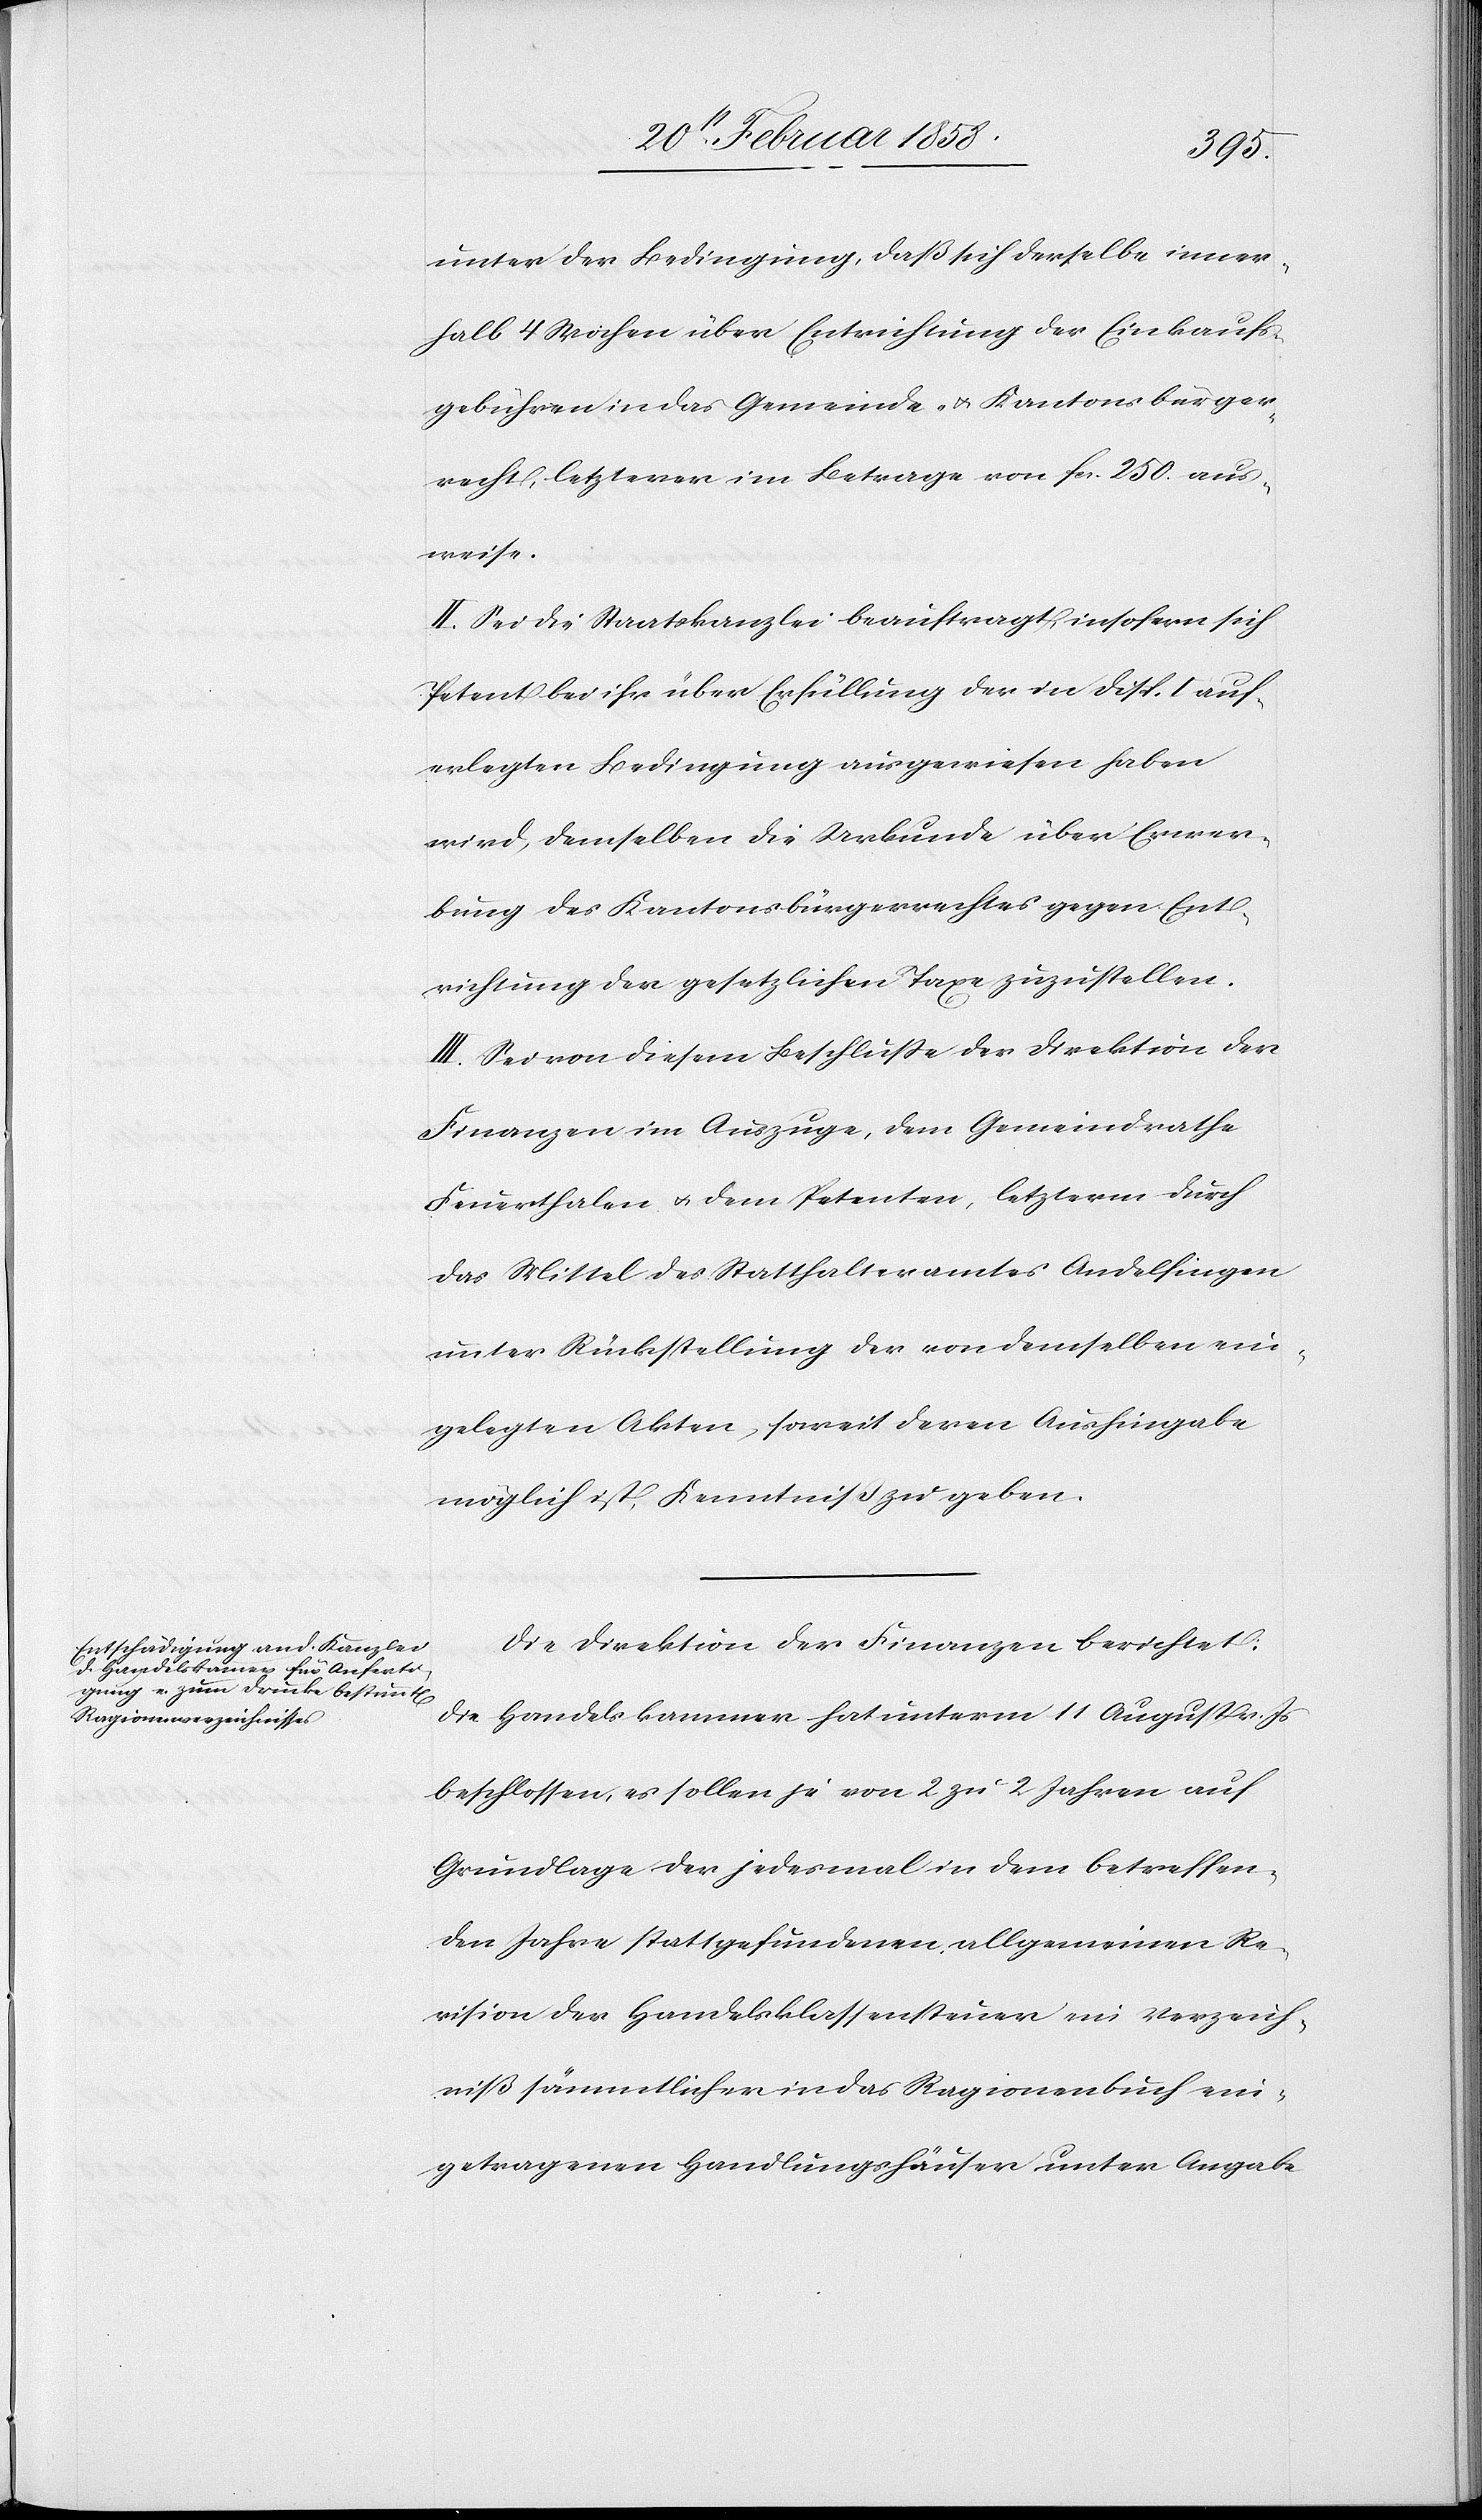
unter der Bedingung, daß sich derselbe inner¬
halb 4 Wochen über Entrichtung der Einkaufs¬
gebühren in das Gemeinde- u. Kantonsbürger¬
recht, letzterer im Betrage von fcs. 250. aus¬
weise.
II. Sei die Staatskanzlei beauftragt, insofern sich
Petent bei ihr über Erfüllung der in Disp. I auf¬
erlegten Bedingung ausgewiesen haben
wird, demselben die Urkunde über Erwer¬
bung des Kantonsbürgerrechtes gegen Ent¬
richtung der gesetzlichen Taxe zuzustellen.
III. Sei von diesem Beschluße der Direktion der
Finanzen im Auszuge, dem Gemeindrathe
Feuerthalen u. dem Petenten, letzterm durch
das Mittel des Statthalteramtes Andelfingen
unter Rückstellung der von demselben ein¬
gelegten Akten, soweit deren Aushingabe
möglich ist, Kenntniß zu geben.
Die Direktion der Finanzen berichtet:
Die Handelskammer hat unterm 11 August v. Js.
beschlossen, es sollen je von 2 zu 2 Jahren auf
Grundlage der jedesmal in dem betreffen¬
den Jahre stattgefundenen allgemeinen Re¬
vision der Handelsklassensteuer im Verzeich¬
niß sämmtlicher in das Ragionenbuch ein¬
getragenen Handlungshäuser unter Angabe